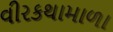
વીરકથામાળા